Lunatic asylums Madras 1892-1911 - 1892-1911
Year: 1892
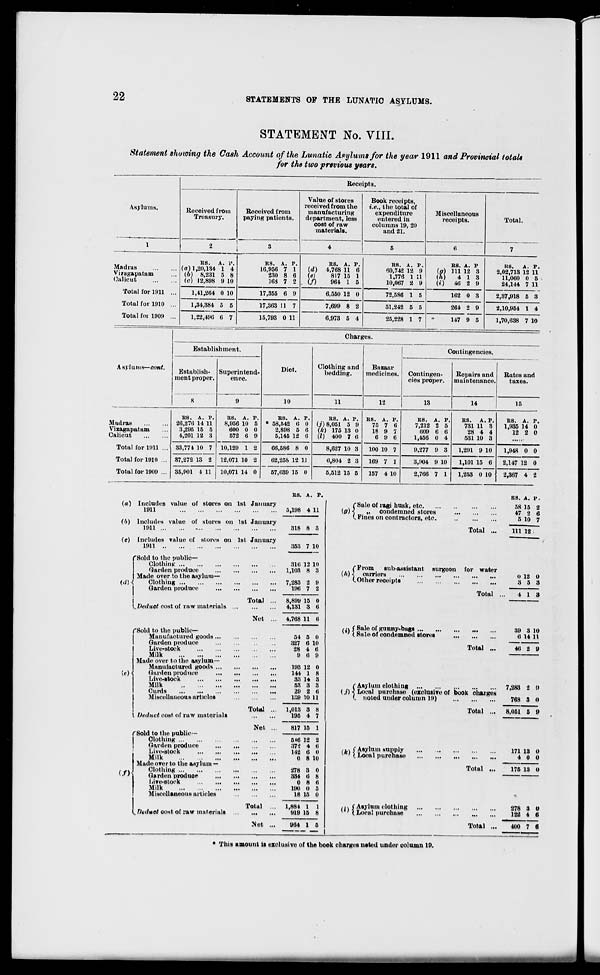
22
STATEMENTS OP THE LUNATIC ASYLUMS.
STATEMENT No. VIII.
Statement showing the Cash Account of the Lunatic Asylums for the year 1911 and Provincial totals
for the two previous years.
Asylums.
Madras
Vifagapatam
Calicut
Total for 1911
Total for 1910
Total for 1909
Receipts.
Received from
Treasury.
Received from
paying patients.
Value of stores
received from the
manufacturing
department, less
cost of raw
materials.
Book receipts,
i.e., the total of
expenditure
entered in
columns 19, 20
and 21.
Miscellaneous
receipts.
Total.
as. A. j»,
(a) 1,20,134 1 4
(6) 8,231 5 8
(c) 12,898 9 10
1,41,264 0 10
1,34,384 5 5
1,22,496 6 7
RS. A. P.
16,956 7 1
230 8 6
163 7 2
17,355 6 9
17.363 11 7
15,793 0 11
RS. A. P.
(d) 4,768 11 6
(e)
817 15 1
(/)
964 1 5
6,550 12 0
7,699 8 2
6,973 5 4
RS. A. P.
60,742 12 9
1,776 1 11
10,067 2 9
72,586 1 5
51,242 5 5
25,228 1 7
RS. A. P
(a) in 12 3
(A)
4 13
(i)
46 2 9
102 0 3
264 2 9
147 9 5
Its. A. P.
2,02,713 12 11
11,060 0 5
24,144 7 11
2,37,918 5 8
2,10,954 1 4
1,70,638 7 10
Charfi -es.
Establishment.
Diet.
Clothing and
bedding.
Bazaar
medicines.
Contingencies.
Asylums— cont.
Establish-
ment proper.
8
Superintend-
ence.
9
Contingen-
cies proper.
Repairs and
maintenance.
Rates and
tuxes.
10
11
12
13
14
15
Madras
Vizagapatam
Calicut
BS. A. P.
26,276 14 11
3,295 15 5
4,201 12 3
ES. A. P.
8,956 10 5
600 0 0
572 6 9
RS. A.
• 58,542 6
2,898 5
5,145 12
P.
0
6
6
RS. A. P.
U) 8,051 5 9
(k) 175 13 0
(I) 400 7 6
RS. A. P.
75 7 6
18 9 7
6 9 6
BS. A. P.
7.212 2 5
609 6 6
1,456 0 4
BS. A. P.
731 11 3
28 4 4
531 10 3
HS. A. P.
1,935 14 0
12 2 0
Total for 1911 ... 33,774 10 7 10,129 1 2
66,586 8 0
8,627 10 3
100 10 7
9,277 8 3
1,291 9 10
1,948 0 0
Total for 1910 ... 37,272 IS 2 12,071 10 2
10,071 14 0
62,258 12 U
8,804 2 3
169 7 1
3,904 9 10
1,101 15 6
2,147 12 0
Total for 1909 ... 35,901 4 11
57,639 15 0
5,512 15 5
157 4 10
2,766 7 1
1,203 0 10
2,367 4 2
(a) Includes value of stores on 1st January
1911
(b) Includes value of stores on 1st January
1811
(«?) Includes value of stores on 1st January
1911
f Sold to the public—
Clothing
harden produce
Made over to the asylum-
Clothing
Garden produce
. Deduct cost of raw materials
(Sold to the public-
Manufactured goods ...
Garden produce
Live-stock
Milk
Made over to the asylum-
Manufactured goods ...
(e) ^
Garden produce
liive-stock
Milk
Curds
Miscellaneous articles
I Deduct cost of raw materials
rSold to the public--
Clothing
Garden produce
Live-stock
Milk
I Made over to the asylum —
Clothing
I
Garden produce
Live-Stock
Milk
Miscellaneous articles
</)
Fivduot cost of raw materials
Total
Net
Total
Net
Total
Met
RS. A. P.
5,198 4 11
318 8 3
353 7 10
316 12 10
1,103 8 3
7,283 2 9
196 7 a
8,899 15 0
4,131 3 6
4,768 11 6
54 5 0
327 6 10
28 4 6
9 6 9
193 12 0
144 1 8
33 14 3
53 3 3
29 2 6
139 10 11
1,013 3 8
195 4 7
817 16 1
5«6 12 a
37* 4 6
142 6 0
0 8 10
278 3 0
334 tf 8
0 8 6
UN) 0 5
18 15 0
1,884 1 1
919 15 8
964 1 5
f Sale of lagi husk, etc.
(o) < , ,i condemned stores
C Fines on contractors, etc.
Total ...
,j\ ( Sale of gunny-bags ...
' I Sale of condemned stores
Total
BS. A. p.
58 15 2
47 2 6
5 10 7
111 12 .
("From
sub-assistant surgeon for water
(AH curriers
COther receipts
Total
0
3
12
5
0
3
4 1 3
39 3 10
6 14 11
46 2 9
(Asylum clothing
7,283 2 9
(./)<< Local purchase (exclusive of book charges
(. noted under column 19)
768 3 0
Total
(k\i Asylum supply
v ' (Local purcnasi
Totul
,. f Asylum clothing
* ' (.Local purchase
8,051 6 !»
171 13 0
4 0 0
175 13 0
278 3 0
122 4 ft
Total ...
400 7 «
This amount is exclusive of the book charges uated under column 19.